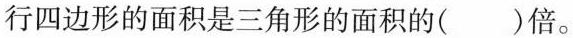
行四边形的面积是三角形的面积的( )倍。